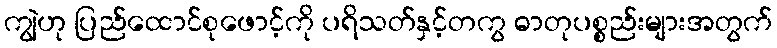
ကျွဲဟု ပြည်ထောင်စုဖောင့်ကို ပရိသတ်နှင့်တကွ ဓာတုပစ္စည်းများအတွက်